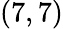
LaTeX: (7,7)